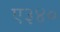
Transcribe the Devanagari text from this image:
ए३४०